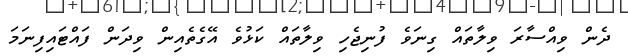
ދެން ވިއްސާރަ ވިލާތައް ގިނަވެ ފުނިޖެހި ވިލާތައް ކަޅުވެ އޭގެތެއިން ވިދަން ފައްޓައިފިނަމަ